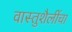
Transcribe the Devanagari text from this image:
वास्तुशैलींचा